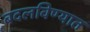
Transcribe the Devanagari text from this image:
बदलविण्यात